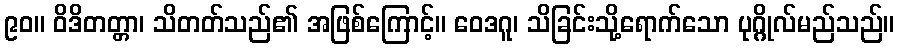
၉၀။ ဝိဒိတတ္တာ၊ သိတတ်သည်၏ အဖြစ်ကြောင့်။ ဝေဒဂူ၊ သိခြင်းသို့ရောက်သော ပုဂ္ဂိုလ်မည်သည်။